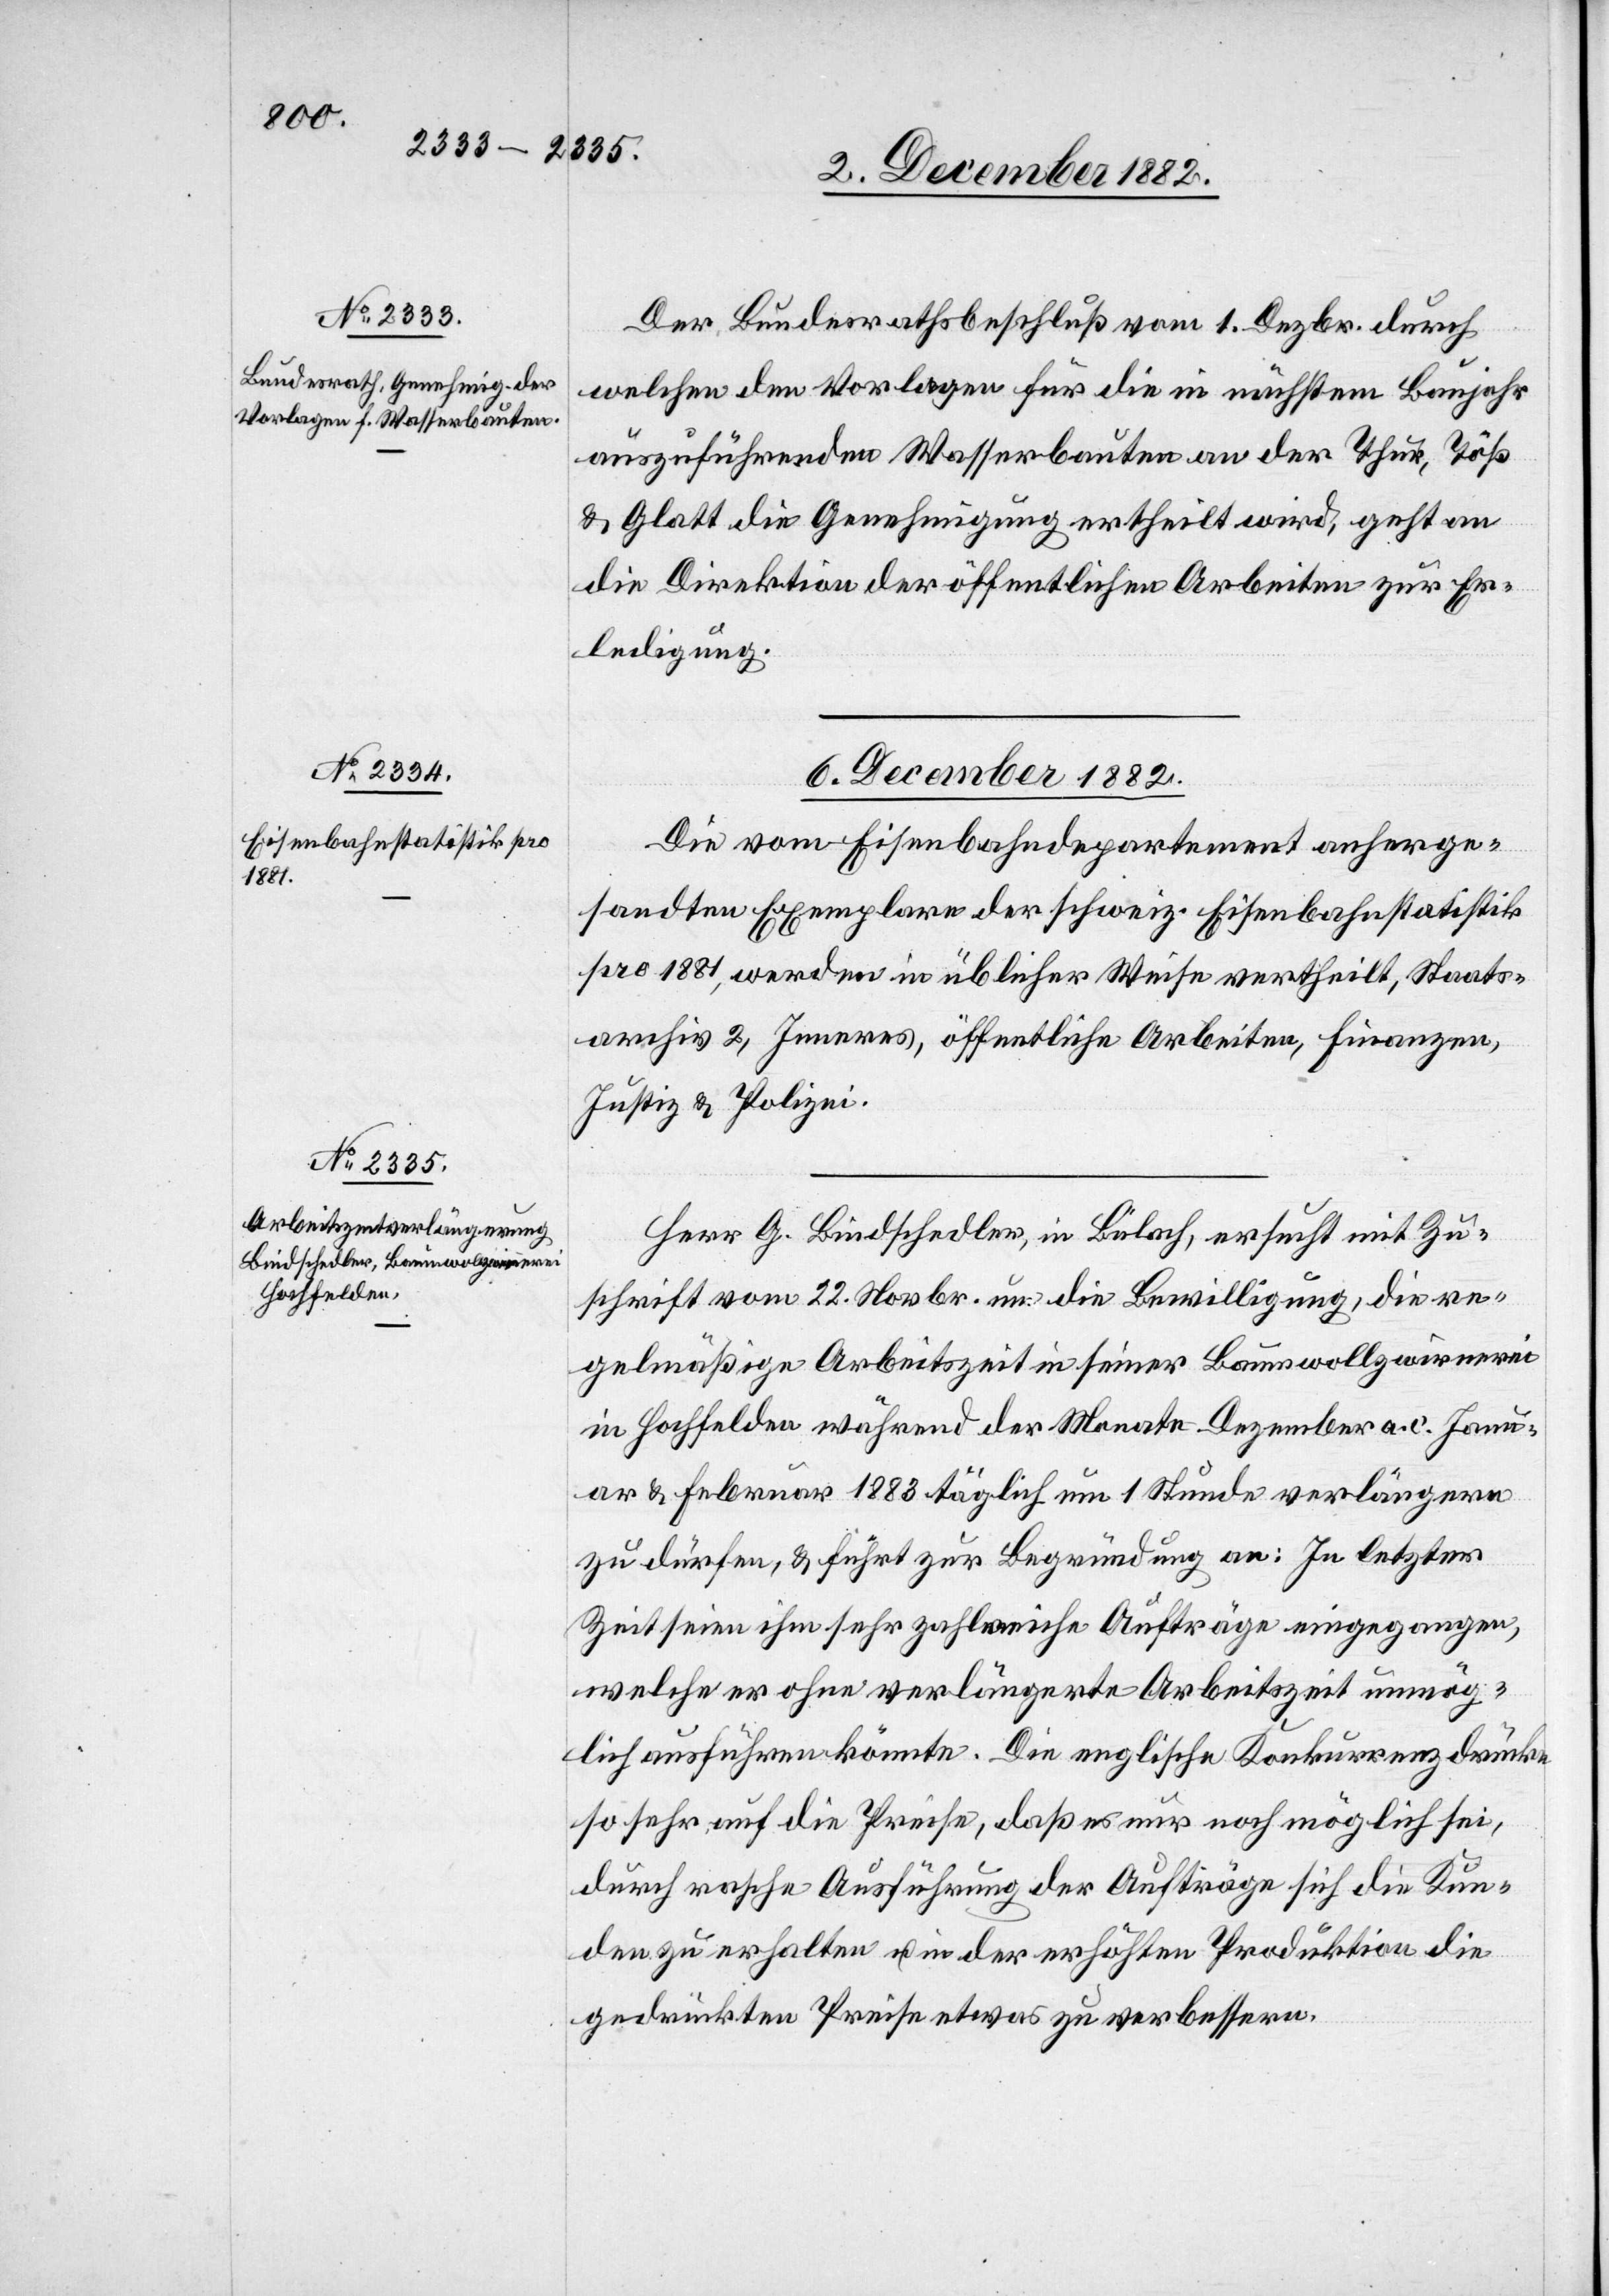
6. December 1882.]
Der Bundesrathsbeschluß vom 1. Dezbr. durch
welchen den Vorlagen für die in nächstem Baujahr
auszuführenden Wasserbauten an der Thur, Töß
& Glatt die Genehmigung ertheilt wird, geht an
die Direktion der öffentlichen Arbeiten zur Er¬
ledigung.
Die vom Eisenbahndepartement anherge¬
sandten Exemplare der schweiz. Eisenbahnstatistik
pro 1881, werden in üblicher Weise vertheilt, Staats¬
archiv 2, Inneres, öffentliche Arbeiten, Finanzen,
Justiz- & Polizei.
Herr G. Bindschedler, in Bülach, ersucht mit Zu¬
schrift vom 22. Novbr. um die Bewilligung, die re¬
gelmäßige Arbeitszeit in seiner Baumwollzwirnerei
in Hochfelden während der Monate Dezember a. c. Janu¬
ar & Februar 1883 täglich um 1 Stunde verlängern
zu dürfen, & führt zur Begründung an: In letzter
Zeit seien ihm sehr zahlreiche Aufträge eingegangen,
welche er ohne verlängerte Arbeitszeit unmög¬
lich ausführen könnte. Die englische Konkurrenz drücke
so sehr auf die Preise, daß es nur noch möglich sei,
durch rasche Ausführung der Aufträge sich die Kun¬
den zu erhalten u. in der erhöhten Produktion die
gedrückten Preise etwas zu verbessern.